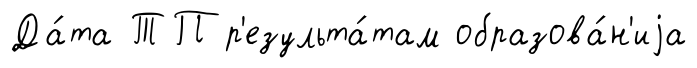
Да́та ТП р'езульта́там образова́н'иjа